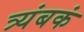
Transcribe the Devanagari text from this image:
त्र्यंबकं